Punjab Mental Hospital Lahore 1932-46 - 1932-1946
Year: 1932
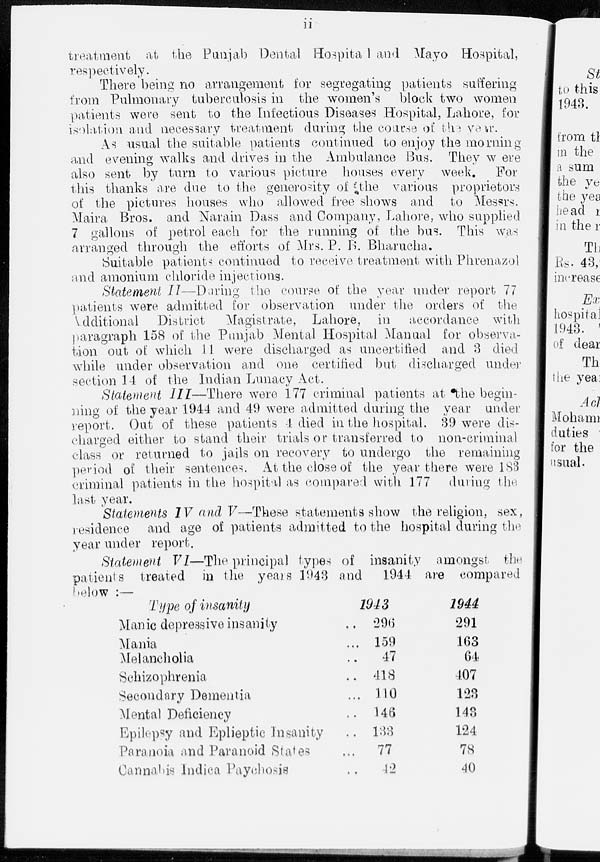
ii
treatment at the Punjab Dental Hospita 1 and Mayo Hospital,
respectively.
There being no arrangement for segregating patients suffering
from Pulmonary tuberculosis in the women's block two women
patients were sent to the Infectious Diseases Hospital, Lahore, for
isolation and necessary treatment during the course of the year.
As usual the suitable patients continued to enjoy the morning
and evening walks and drives in the Ambulance Bus. They were
also sent by turn to various picture houses every week
For
this thanks are due to the generosity of the various proprietors
of the pictures houses who allowed free shows and to Messrs.
Maira Bros, and Narain Dass and Company, Lahore, who supplied
7 gallons of petrol each for the running of the bus. This wan
arranged through the efforts of Mrs. P. B. Bharucha.
Suitable patients continued to receive treatment with Phrenazol
and amonium chloride injections.
Statement II—During the course of the year under report 77
patients were admitted for observation under the orders of the
Additional District
Magistrate, Lahore, in accordance with
paragraph 158 of the Punjab Mental Hospital Manual for observa-
tion out of which 11 were discharged as uncertified and 3 died
while under observation and one certified but discharged under
section 14 of the Indian Lunacy Act.
Statement III—There were 177 criminal patients at the begin-
ning of the year 1944 and 49 were admitted during the year under
report. Out of these patients 4 died in the hospital. 39 were dis-
charged either to stand their trials or transferred to non-criminal
class or returned to jails on recovery to undergo the remaining
period of their sentences. At the close of the year there were 183
criminal patients in the hospital as compared with 177 during the
last year.
Statements IV and V—These statements show the religion, sex,
residence and age of patients admitted to the hospital during the
year under report.
Statement VI—The principal types of insanity amongst the
patients treated in the years 1943 and
1944 are compared
below :—
Type of insanity
Manic depressive insanity ...
Mania ...
Melancholia ...
Schizophrenia ...
Secondary Dementia ...
Mental Deficiency ...
Epilepsy and Eplieptic Insanity ...
Paranoia and Paranoid States ...
Cannabis Indica Paychosis ...
1943
296
159
47
418
110
146
133
77
12
1944
291
163
64
407
123
143
124
78
40